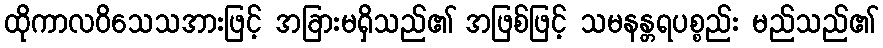
ထိုကာလဝိသေသအားဖြင့် အခြားမရှိသည်၏ အဖြစ်ဖြင့် သမနန္တရပစ္စည်း မည်သည်၏